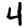
Digit: 4